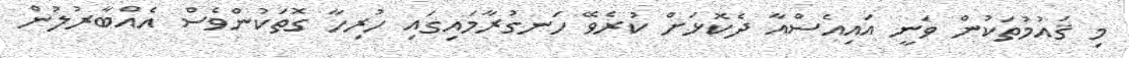
މި ޤައުމުތަކުން ވަނީ އައިއެސްއާ ދެކޮޅަށް ކުރެވޭ ހަނގުރާމައިގައި ހުރިހާ ގޮތަކުންވެސް އެއްބާރުލުން